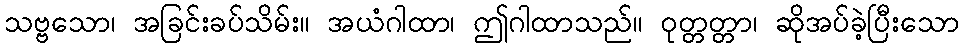
သဗ္ဗသော၊ အခြင်းခပ်သိမ်း။ အယံဂါထာ၊ ဤဂါထာသည်။ ဝုတ္တတ္တာ၊ ဆိုအပ်ခဲ့ပြီးသော